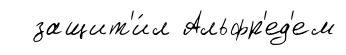
защит'и́л Альфр'ед'ем